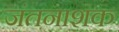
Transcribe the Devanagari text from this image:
जंतनाशक